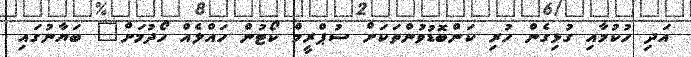
އަދި ހުކުމާއި ގުޅިގެން ހުރި ކަންބޮޑުވުންތަކަށް ސުޕްރީމް ކޯޓުން ހައްލެއް ހޯދުމަށް" ބަޔާނުގައި